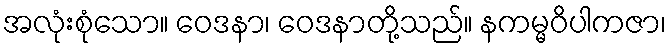
အလုံးစုံသော။ ဝေဒနာ၊ ဝေဒနာတို့သည်။ နကမ္မဝိပါကဇာ၊